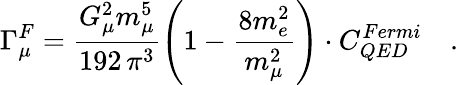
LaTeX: \Gamma_{\mu}^{F}=\frac{G_{\mu}^{2}m_{\mu}^{5}}{192\, \pi^{3}}\left(1-\frac{8m_{e}^{2}}{m_{\mu}^{2}}\right)\cdot C_{QED}^{Fermi}\quad.